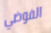
الفوضي